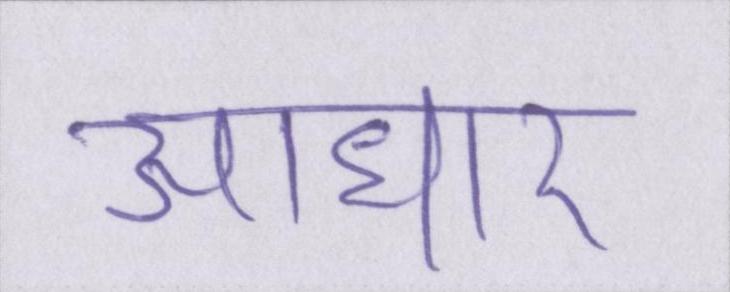
आधार